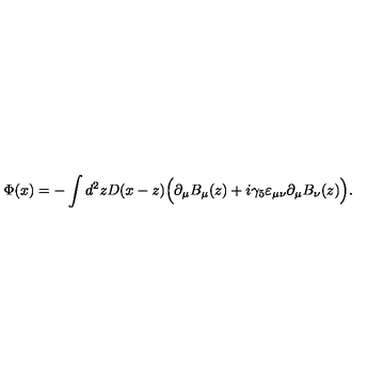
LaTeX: \Phi ( x ) = - \int d ^ { 2 } z D ( x - z ) \Big ( \partial _ { \mu } B _ { \mu } ( z ) + i \gamma _ { 5 } \varepsilon _ { \mu \nu } \partial _ { \mu } B _ { \nu } ( z ) \Big ) .